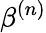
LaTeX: \beta^{(n)}